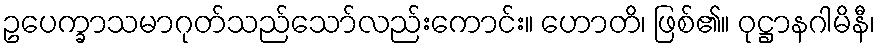
ဥပေက္ခာသမာဂုတ်သည်သော်လည်းကောင်း။ ဟောတိ၊ ဖြစ်၏။ ဝုဋ္ဌာနဂါမိနီ၊